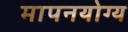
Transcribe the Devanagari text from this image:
मापनयोग्य